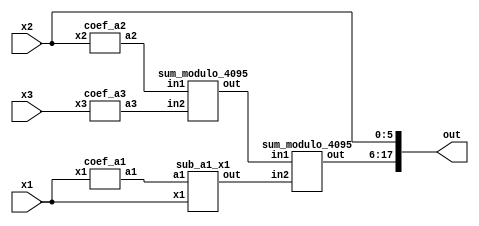
module reverse_converter_65_64_63 (x1, x2, x3, out);
	input [6:0] x1;
	input [5:0] x2;
	input [5:0] x3;
	wire [11:0] a1;
	wire [11:0] a2;
	wire [11:0] a3;
	wire [11:0] sum1;
	wire [11:0] sum2;
	wire [11:0] sum3;
	output [17:0] out;
		
	coef_a1 ca1(x1,a1);
	coef_a2 ca2(x2,a2);
	coef_a3 ca3(x3,a3);
	sum_modulo_4095 sm1(a2, a3, sum1);
	sub_a1_x1 sm2(a1, x1, sum2);
	sum_modulo_4095 sm3(sum1, sum2, sum3);
	
	assign out[0] = x2[0];
	assign out[1] = x2[1];
	assign out[2] = x2[2];
	assign out[3] = x2[3];
	assign out[4] = x2[4];
	assign out[5] = x2[5];
	
	assign out[6] = sum3[0];
	assign out[7] = sum3[1];
	assign out[8] = sum3[2];
	assign out[9] = sum3[3];
	assign out[10] = sum3[4];
	assign out[11] = sum3[5];
	assign out[12] = sum3[6];
	assign out[13] = sum3[7];
	assign out[14] = sum3[8];
	assign out[15] = sum3[9];
	assign out[16] = sum3[10];
	assign out[17] = sum3[11];
	
endmodule

module coef_a3 (x3, a3);
	input [5:0] x3;
	output [11:0] a3;
	assign a3[11] = x3[0];
	assign a3[10] = x3[5];
	assign a3[9] = x3[4];
	assign a3[8] = x3[3];
	assign a3[7] = x3[2];
	assign a3[6] = x3[1];
	assign a3[5] = x3[0];
	assign a3[4] = x3[5];
	assign a3[3] = x3[4];
	assign a3[2] = x3[3];
	assign a3[1] = x3[2];
	assign a3[0] = x3[1];
endmodule

module coef_a2 (x2, a2);
	input [5:0] x2;
	output [11:0] a2;
	assign a2[11] = ~x2[5];
	assign a2[10] = ~x2[4];
	assign a2[9] = ~x2[3];
	assign a2[8] = ~x2[2];
	assign a2[7] = ~x2[1];
	assign a2[6] = ~x2[0];
	assign a2[5] = 1;
	assign a2[4] = 1;
	assign a2[3] = 1;
	assign a2[2] = 1;
	assign a2[1] = 1;
	assign a2[0] = 1;
endmodule

module coef_a1 (x1, a1);
	input [6:0] x1;
	output [11:0] a1;
	wire bx;
	
	assign bx = x1[6] ^ x1[0];
	assign a1[11] = bx;
	assign a1[10] = x1[5];
	assign a1[9] = x1[4];
	assign a1[8] = x1[3];
	assign a1[7] = x1[2];
	assign a1[6] = x1[1];
	assign a1[5] = bx;
	assign a1[4] = x1[5];
	assign a1[3] = x1[4];
	assign a1[2] = x1[3];
	assign a1[1] = x1[2];
	assign a1[0] = x1[1];
	
endmodule

// Sum modulo (2^12 - 1) = 4095
module sum_modulo_4095 (in1, in2, out);
	input [11:0] in1;
	input [11:0] in2;
	output reg [11:0] out;
	wire [12:0] data;
	wire [12:0] data2;
	assign data = in1 + in2;
	assign data2 = in1 + in2 + 1;
	always @(*)
	begin
		if (data2[12] == 1)
			out <= data2[11:0];
		else
			out <= data[11:0];
	end
endmodule

module sub_a1_x1 (a1, x1, out);
	input [11:0] a1;
	input [6:0] x1;
	output [11:0] out;
	
	assign out = a1 - x1;
	
endmodule